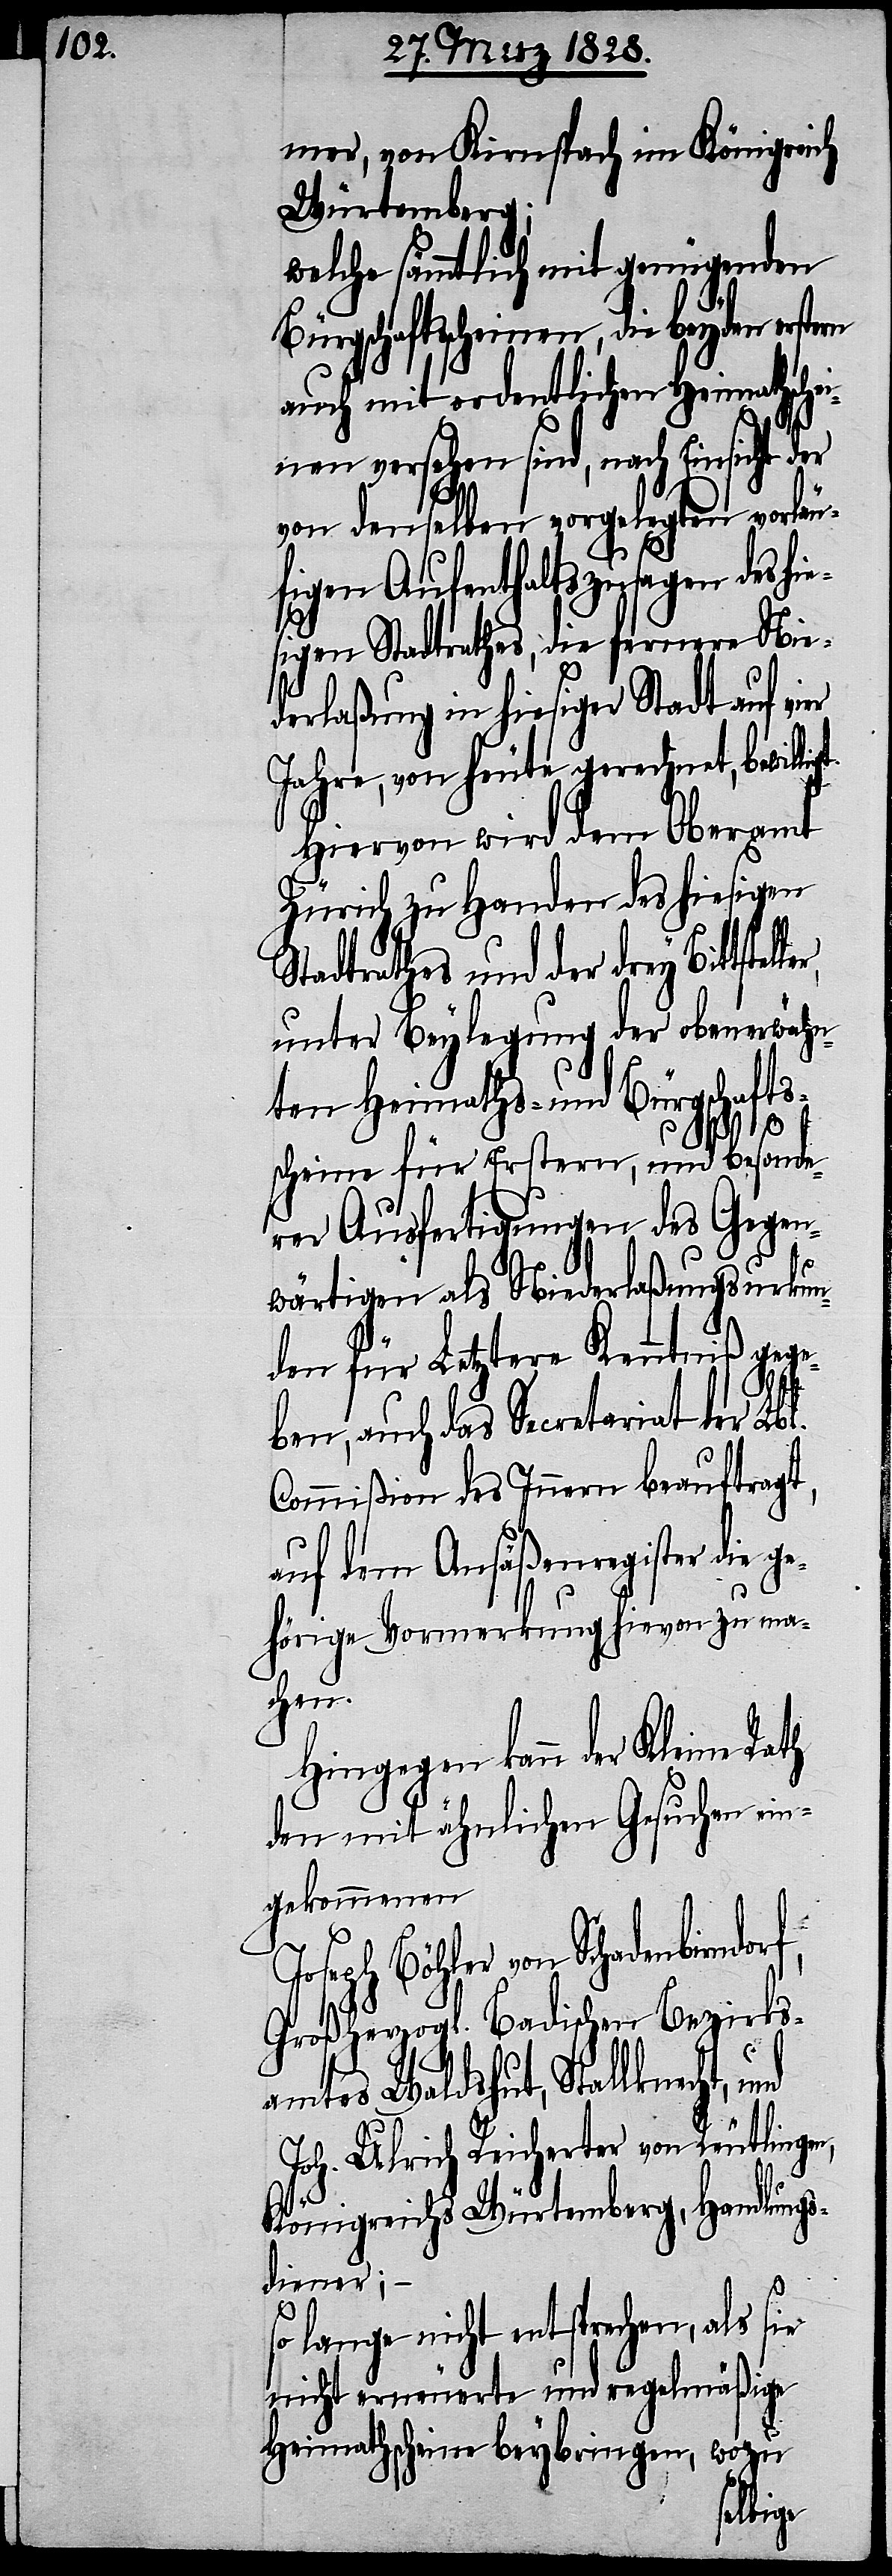
mer, von Kirnspach im Königreich
Würtemberg;
welche sämmtlich mit genügenden
Bürgschaftsscheinen, die beyden erstern
auch mit ordentlichen Heimathsche¬
inen versehen sind, nach Einsicht der
von denselben vorgelegten vorläu¬
figen Aufenthaltszusagen des
sigen Stadtrathes, die fernere Nie¬
derlaßung in hiesiger Stadt auf v¬
Jahre, von heute gerechnet, bewi¬
Hiervon wird dem Oberamt
Zürich zu Handen des hiesigen
Stadtrathes und der drey Bittste¬
unter Beylegung der obenerwähn¬
ten Heimaths- und Bürgschaf¬
scheine für Erstern, und besonde¬
rer Ausfertigungen des Gegen¬
wärtigen als Niederlaßungsurkun¬
de für Letztere Kenntniß gege¬
f,
ben, auch das Secretariat der Lbl.
Commißion des Innern beauftragt,
auf dem Ansäßenregister die g¬
ehörige Vormerkung hievon zu ma¬
chen.
Hingegen kann der Kleine Rath
den mit ähnlichen Gesuchen ein¬
gekommenen
Joseph Bähler von Schadenbirmdor¬
Großherzogl. Badischen Bezirks¬
amtes Waldshut, Stallknecht,
Joh. Ulrich Reicherter von Reutlinge¬
Königreichs Würtemberg, Handlung¬
sdiener; –
sie
o lange nicht entsprechen, als
nicht erneuerte und regelmäßige
Heimathscheine beybringen, wozu
lligt.